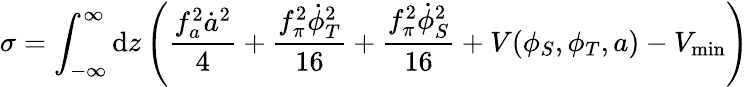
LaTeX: \sigma=\int_{-\infty}^{\infty}\mathrm{d}z\left(\frac{f_{a}^{2}\dot{a}^{2}}{4}+\frac{f_{\pi}^{2}\dot{\phi}_{T}^{2}}{16}+\frac{f_{\pi}^{2}\dot{\phi}_{S}^{2}}{16}+V(\phi_{S},\phi_{T},a)-V_{\mathrm{min}}\right)